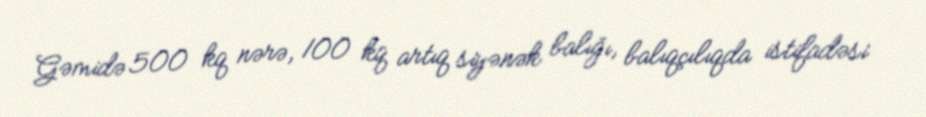
Gəmidə 500 kq nərə, 100 kq artıq siyənək balığı, balıqçılıqda istifadəsi